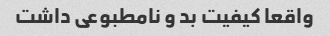
واقعا کیفیت بد و نامطبوعی داشت